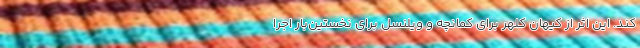
کند. این اثر از کیهان کلهر برای کمانچه و ویُلنسل برای نخستین‌بار اجرا